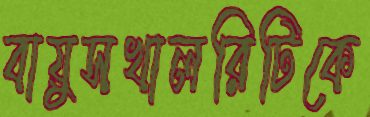
বায়ুসখালরিটিকে